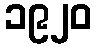
၁၉၂၀